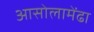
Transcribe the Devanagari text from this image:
आसोलामेंढा